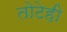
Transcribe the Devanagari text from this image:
तोटेही